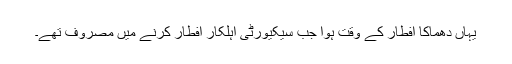
یہاں دھماکا افطار کے وقت ہوا جب سیکیورٹی اہلکار افطار کرنے میں مصروف تھے۔